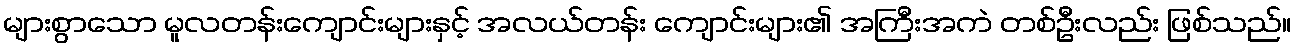
များစွာသော မူလတန်းကျောင်းများနှင့် အလယ်တန်း ကျောင်းများ၏ အကြီးအကဲ တစ်ဦးလည်း ဖြစ်သည်။